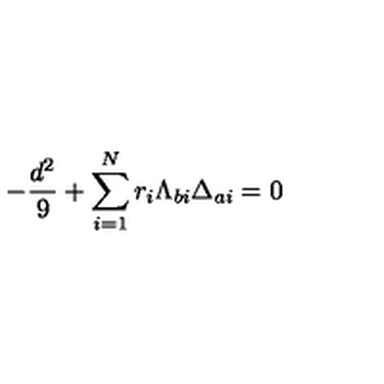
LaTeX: - { \frac { d ^ { 2 } } { 9 } } + \sum _ { i = 1 } ^ { N } r _ { i } \Lambda _ { b i } \Delta _ { a i } = 0